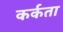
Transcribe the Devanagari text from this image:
कर्कता